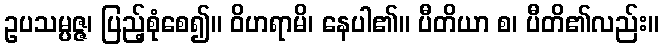
ဥပသမ္ပဇ္ဇ၊ ပြည့်စုံစေ၍။ ဝိဟရာမိ၊ နေပါ၏။ ပီတိယာ စ၊ ပီတိ၏လည်း။